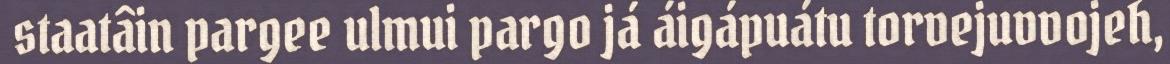
staatâin pargee ulmui pargo já áigápuátu torvejuvvojeh,